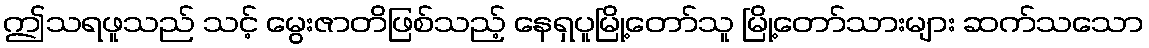
ဤသရဖူသည် သင့် မွေးဇာတိဖြစ်သည့် နေရှပူမြို့တော်သူ မြို့တော်သားများ ဆက်သသော